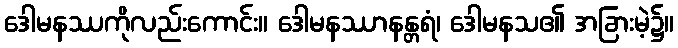
ဒေါမနဿကိုလည်းကောင်း။ ဒေါမနဿာနန္တရံ၊ ဒေါမနသ၏ အခြားမဲ့၌။